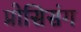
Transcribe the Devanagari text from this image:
प्रोसिसंग